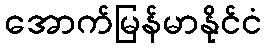
အောက်မြန်မာနိုင်ငံ